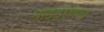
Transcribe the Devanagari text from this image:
नाइटएंगल